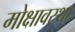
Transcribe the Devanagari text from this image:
मोक्षावस्था